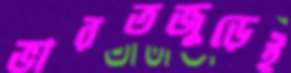
ভারতজুড়েই